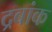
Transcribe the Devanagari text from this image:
द्रबांक